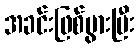
အခင်းဖြစ်ပွားပြီး